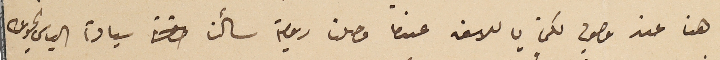
هنا عند وصولي لكن يا للاسف عندما وصلنا رومية سألنا سيادة الياس الحويك